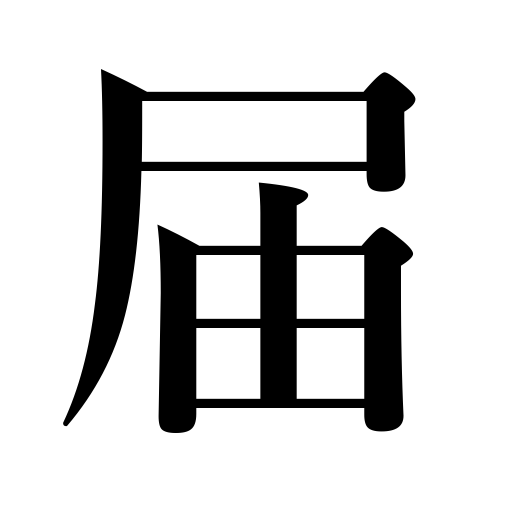
Meanings: delivery,arrive,report,be received,forwarding,notice,be realized,reach,be attentive